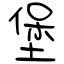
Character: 堡